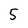
Character: 5